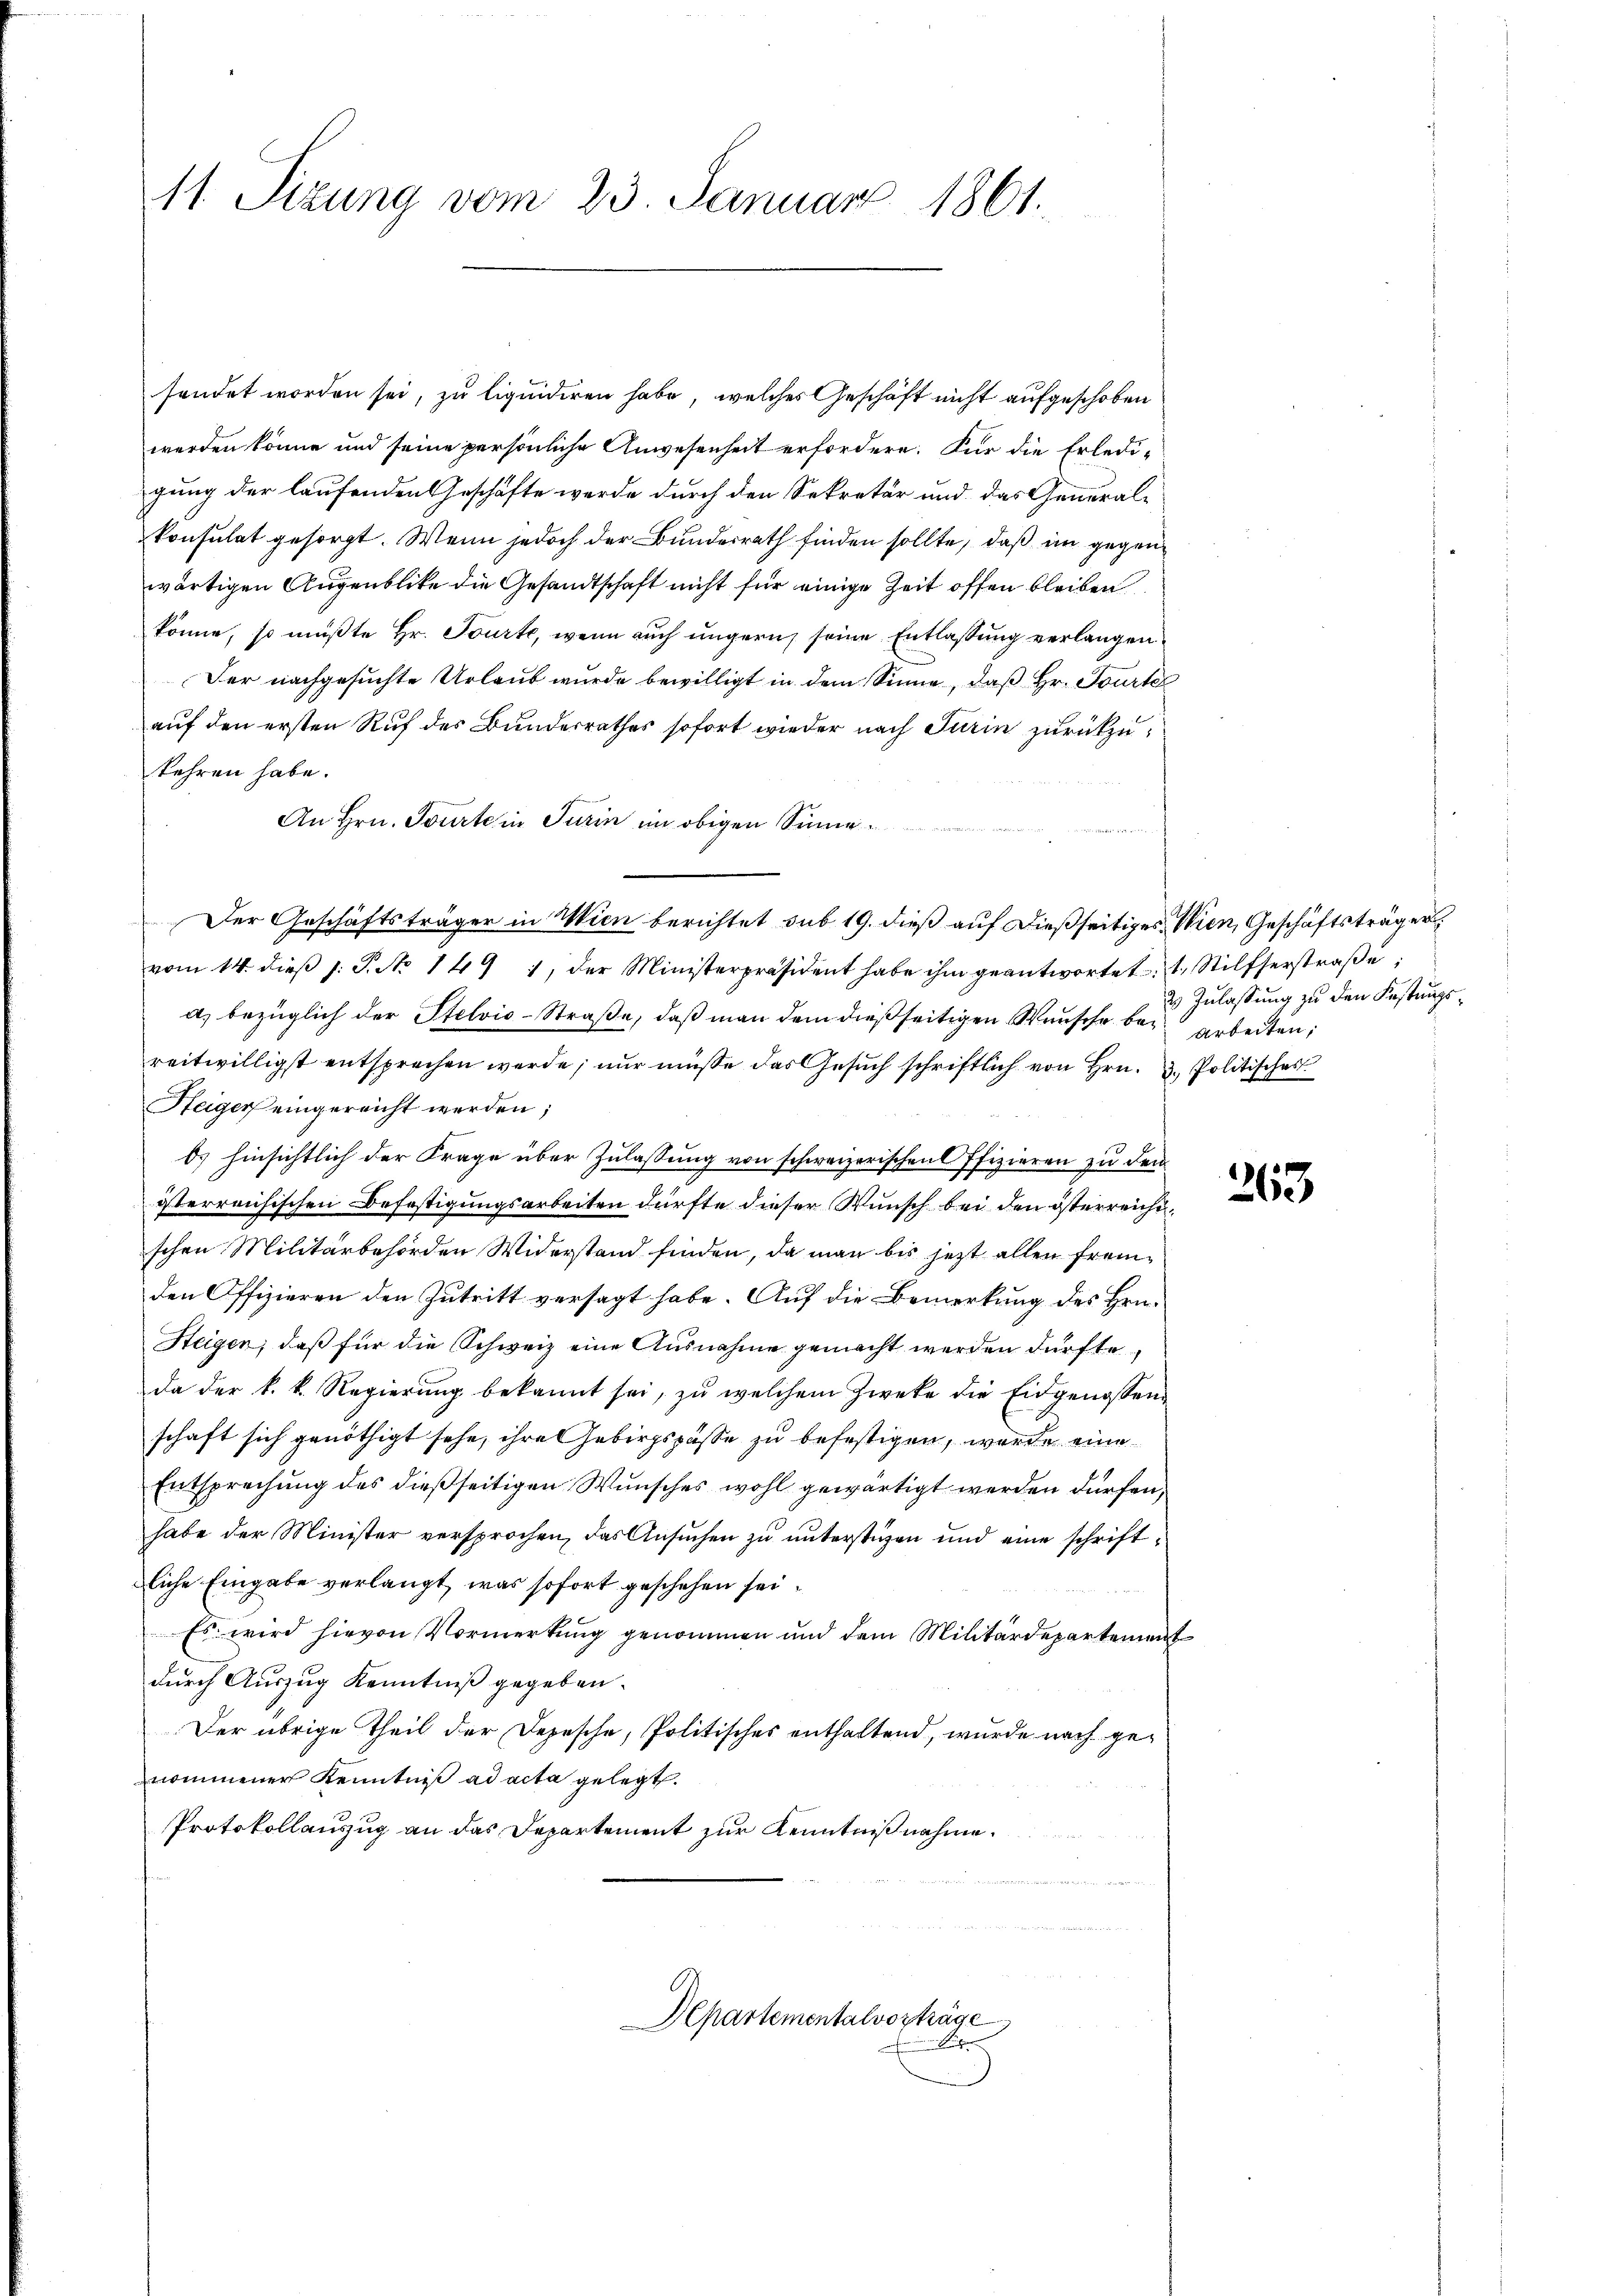
11. Sizung vom 23. Januar 1861.

sendet worden sei, zu liquidiren habe, welches Geschäft nicht aufgeschoben
werden könne und seine persönliche Anwesenheit erfordern. Für die Erledigung der laufenden Geschäfte wurde durch den Sekretär und das General-
konsulat gesorgt. Wenn jedoch der Bunderrath finden sollte, daß im gegenwärtigen Augenblicke die Gesandtschaft nicht für einige Zeit offen bleiben
könne, so müßte Hr. Tourte, wenn auch ungern seine Entlaßung verlangen
Der nachgesuchte Urlaub wurde bewilligt in dem Sinne, daß Hr. Tourte
auf den ersten Ruf des Bundesrathes sofort wieder nach Turin zurückzukehren habe.
An Hrn. Tourte in Turin im obigen Sinne
Der Geschäftsträger in Wien berichtet sub 19. dieß auf dießseitiges Wien, Geschäftsträger
vom 14. dieβ s: P. No. 149 1, der Ministerpräsident habe ihm geantwortet: 1. Stilferstraße
a) bezüglich der Stelvio-Straße, daß man dem dießseitigen Wunsche bei arbeiten;
reitwilligst entsprechen werde; nur müsse das Gesuch schriftlich von Hrn. 3. Politisches
Steiger eingereicht werden;
0.) hinsichtlich der Frage über Zulassung von schweizerischen Pfizieren zu dem
österreichischen Befestigungsarbeiten dürfte dieser Wunsch bei den österreichischen Militärbehörden Widerstand finden, da man bis jetzt allen Fremden Offizieren den Zutritt versagt habe. Auf die Bemerkung des Hrn.
Steigen, daß für die Schweiz eine Ausnahme gemacht werden dürfte,
da der k. k. Regierung bekannt sei, zu welchem Zwecke die Eidgenossen
schaft sich genöthigt sehe, ihre Gebirgspasse zu befestigen, werde eine
Entsprechung des dießseitigen Wunsches wohl gewärtigt werden dürfen,
habe der Minister versprochen, das Ansuchen zu unterstüzen und eine schriftliche Eingabe verlangt, was sofort geschehen sei.
Es wird hievon Vormerkung genommen und dem Militärdepartement
durch Auszug Kenntniß gegeben.
Der übrige Theil der Depesche, Politisches enthaltend, wurde nach genommener Kenntniß ad acta gelegt.
Protokollauszug an das Departement zur Kenntnißnahme.

Departementalvorträge
 Suter

2 Zulassung zu den Festungs¬

263